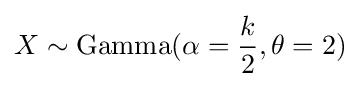
X\sim {\text{Gamma}}(\alpha ={\frac {k}{2}},\theta =2)